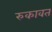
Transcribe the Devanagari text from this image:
रुकावत